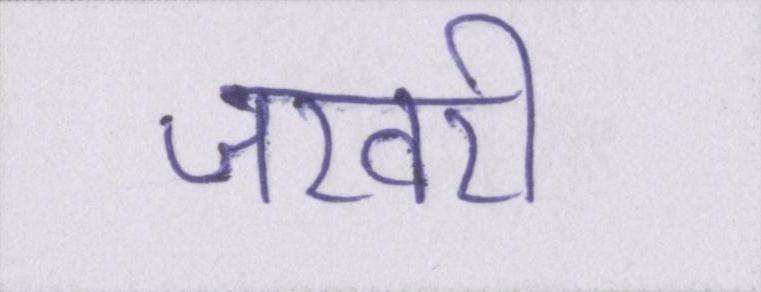
जरवरी